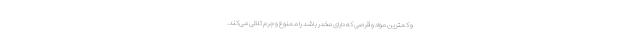
و کمترین مواد و قرصی که دارای مخدر باشد را ممنوع و جرم تلقی می‌کند.